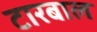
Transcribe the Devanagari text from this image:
टारबाल